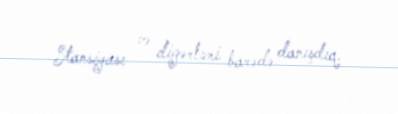
Stansiyası və digərləri barədə danışdıq.